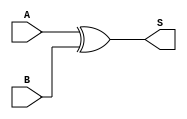
module xor_gate (
    input wire A,
    input wire B,
    output wire S
);
    assign S = A ^ B; // XOR operation
endmodule